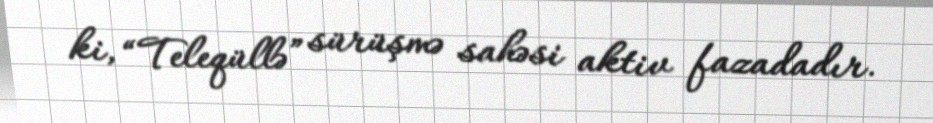
ki, “Teleqüllə” sürüşmə sahəsi aktiv fazadadır.